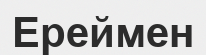
Ереймен